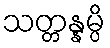
သတ္တန္နမ္ပိ